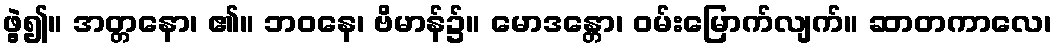
ဖွဲ့၍။ အတ္တနော၊ ၏။ ဘဝနေ၊ ဗိမာန်၌။ မောဒန္တော၊ ဝမ်းမြောက်လျက်။ ဆာတကာလေ၊